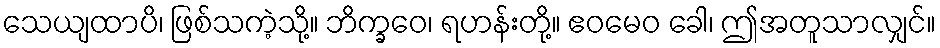
သေယျထာပိ၊ ဖြစ်သကဲ့သို့။ ဘိက္ခဝေ၊ ရဟန်းတို့။ ဧဝမေဝ ခေါ၊ ဤအတူသာလျှင်။